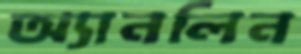
অ্যানলিন